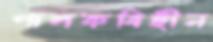
পালকবিহীন